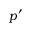
p ^ { \prime }